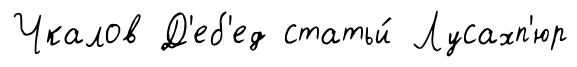
Чкалов Д'еб'ед статьи́ Лусахп'юр